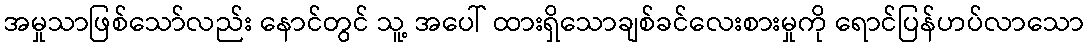
အမှုသာဖြစ်သော်လည်း နောင်တွင် သူ့ အပေါ် ထားရှိသောချစ်ခင်လေးစားမှုကို ရောင်ပြန်ဟပ်လာသော